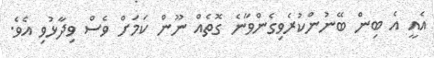
އެއީ އެ ބިން ބޭނުންކުރެވިގެންވާނެ ގޮތެއް ނޫން ކަމަށް ވެސް ވިދާޅުވި އެވެ.